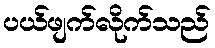
ပယ်ဖျက်လိုက်သည်